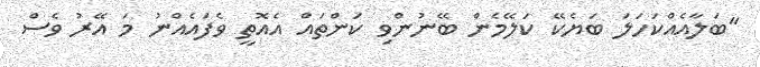
''ބަލާއެއްކަހަލަ ބަޔެކޭ ކަލޭމެން ބޭނުންވި ކަންތައް އެއޮތީ ވެފައެއްނު މަ އޭރު ވެސް